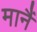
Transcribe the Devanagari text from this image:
मानैं